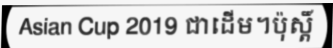
Asian Cup 2019 ជាដើម។ប៉ុស្តិ៍